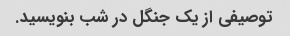
توصیفی از یک جنگل در شب بنویسید.